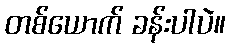
တစ်ယောက် ခန်းပါပဲ။